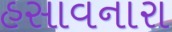
હસાવનારા